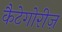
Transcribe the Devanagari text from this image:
कैटेगोरीज़